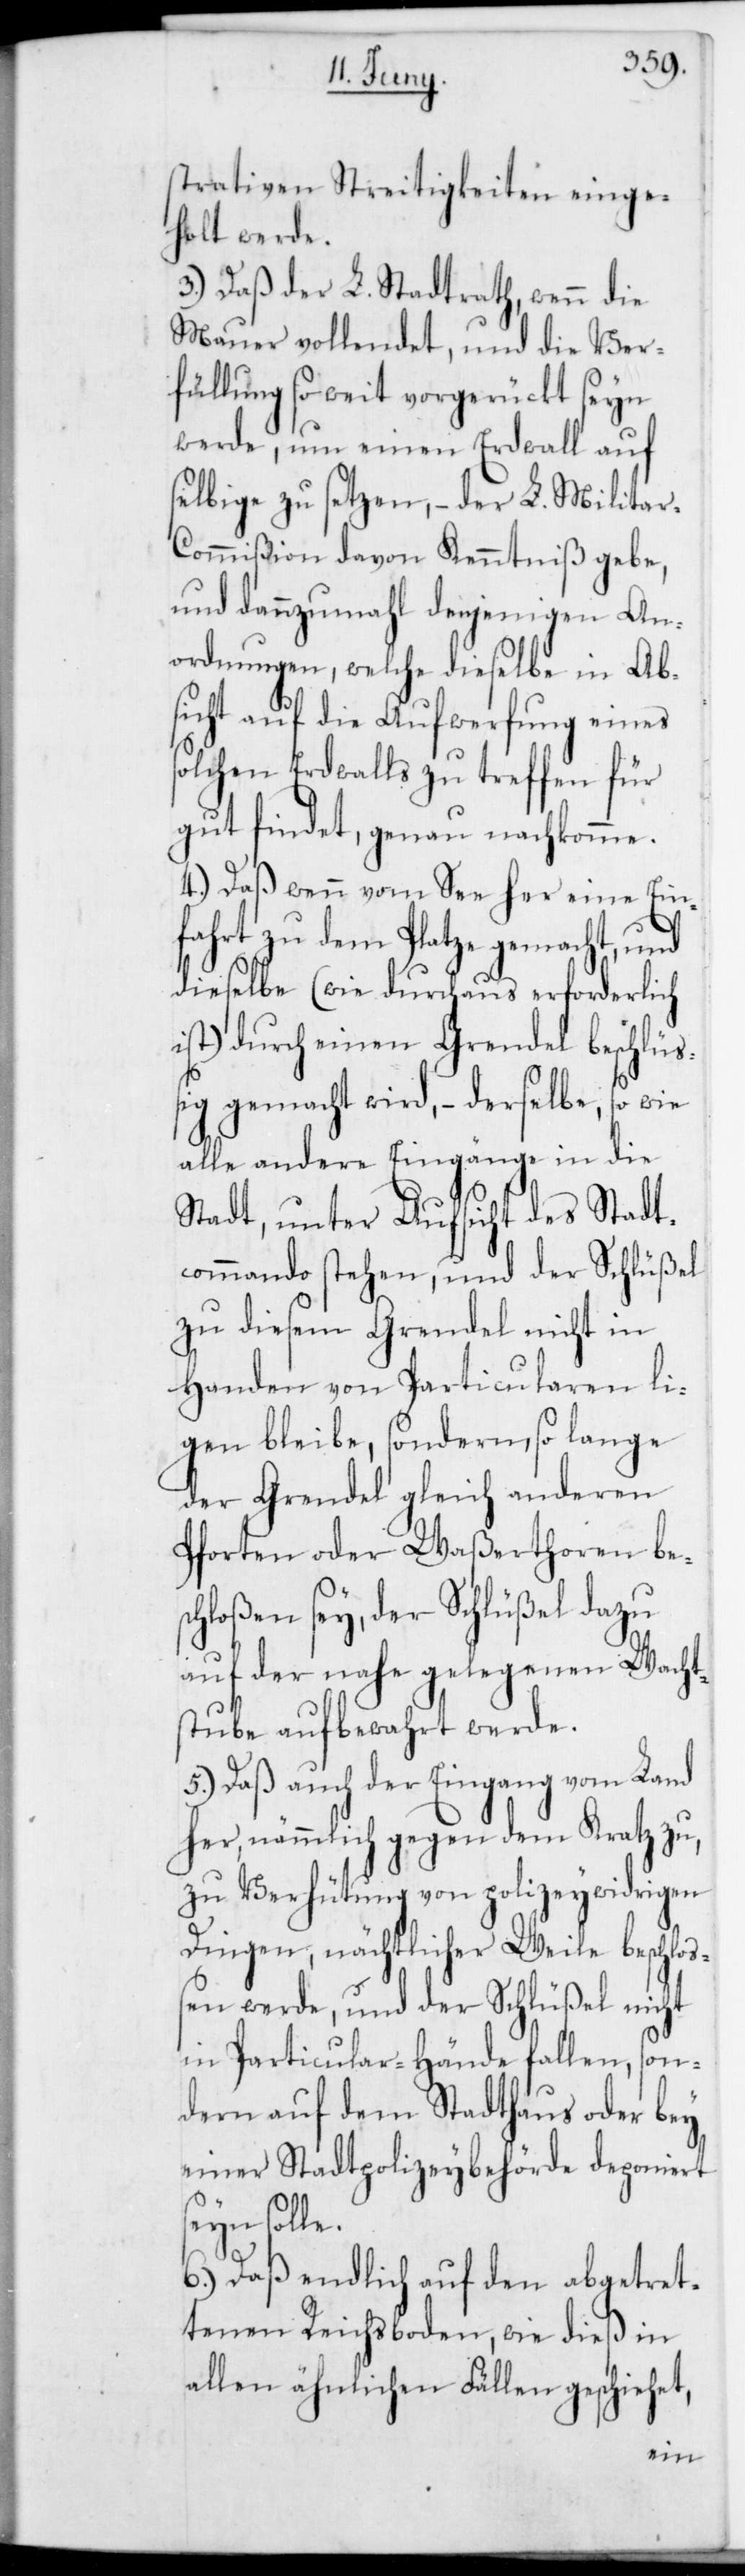
strativen Streitigkeiten einge¬
holt werde.
3.) Daß der L. Stadtrath, wenn die
Mauer vollendet und die Ver¬
füllung so weit vorgerückt seyn
werde, um einen Erdwall auf
selbige zu setzen, – der L. Milita¬
r-Commißion davon Kenntniß gebe,
und dannzumahl denjenigen An¬
ordnungen, welche dieselbe in Ab¬
sicht auf die Aufwerfung eines
solchen Erdwalls zu treffen für
gut findet, genau nachkomme.
4.) Daß wenn vom See her eine Ein¬
fahrt zu dem Platze gemacht, und
dieselbe (wie durchaus erforderlich
ist) durch einen Grendel beschlüß¬
ig gemacht wird, – derselbe, so wie
alle andere Eingänge in die
Stadt, unter Aufsicht des Stadt¬
commando stehen, und der Schlüßel
zu diesem Grendel nicht in
Handen von Particularen li¬
gen bleibe, sondern, so lange
der Grendel gleich anderen
Pforten oder Waßerthoren bes¬
chloßen sey, der Schlüßel dazu
auf der nahe gelegenen Wacht¬
stube aufbewahrt werde.
5.) Daß auch der Eingang vom Land
her, nämmlich gegen den Kratz zu,
zu Verhütung von polizeywidrigen
Dingen, nächtlicher Weile beschloß¬
en werde, und der Schlüßel nicht
in Particular-Hände fallen, son¬
dern auf dem Stadthaus oder bey
einer Stadtpolizeybehörde deponiert
6.) Daß endlich auf den abgetret¬
tenen Reichsboden, wie dieß in
allen ähnlichen Fällen geschiehet,
sein